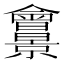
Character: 𠑱